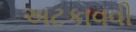
અટકાવવી